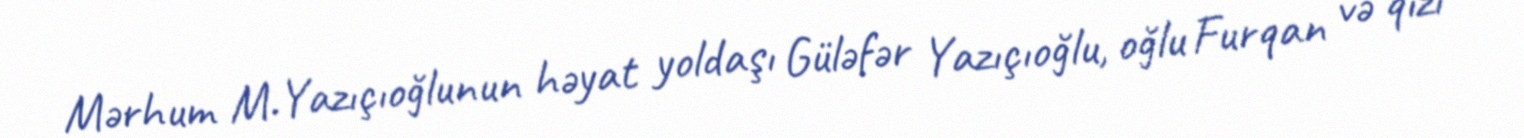
Mərhum M.Yazıçıoğlunun həyat yoldaşı Güləfər Yazıçıoğlu, oğlu Furqan və qızı